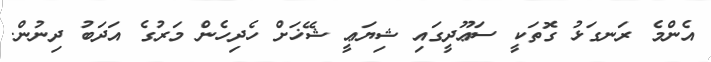
އެންމެ ރަނގަޅު ގޮތަކީ ސަޢޫދީގައި ޝިޔަޢީ ޝޭޚަށް ހެދިހެން މަރުގެ އަދަބު ދިނުން.